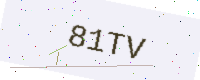
Text: 81TV